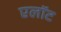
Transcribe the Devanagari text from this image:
एलॉट